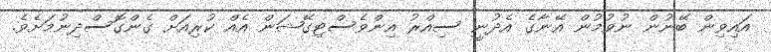
އައިިވިން ބޭނުން ނުވުމުން އޭނާގެ އެދުނީ ސިއްރު އިންވެސްޓިގޭޝަން އެއް ކުރިއަށް ގެންގޮސްދިނުމަށެވެ.